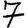
Digit: 7